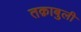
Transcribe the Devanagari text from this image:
तक़ाबुली